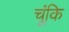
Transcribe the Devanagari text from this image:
चूंकि